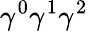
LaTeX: \gamma^{0}\gamma^{1}\gamma^{2}